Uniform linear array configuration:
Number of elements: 8
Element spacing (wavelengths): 0.25
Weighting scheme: hamming
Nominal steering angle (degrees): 60
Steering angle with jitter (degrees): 61.276
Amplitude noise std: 0.05
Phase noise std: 0.05

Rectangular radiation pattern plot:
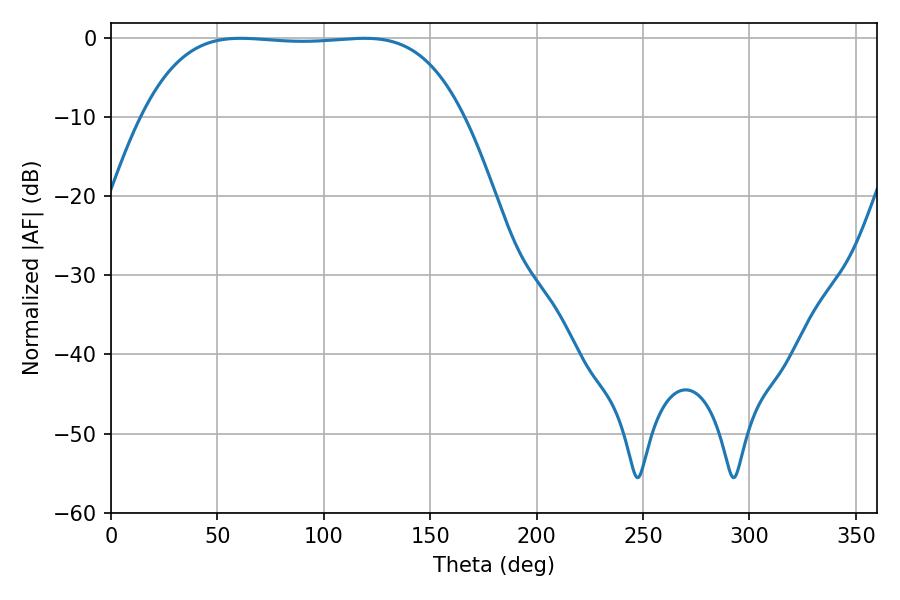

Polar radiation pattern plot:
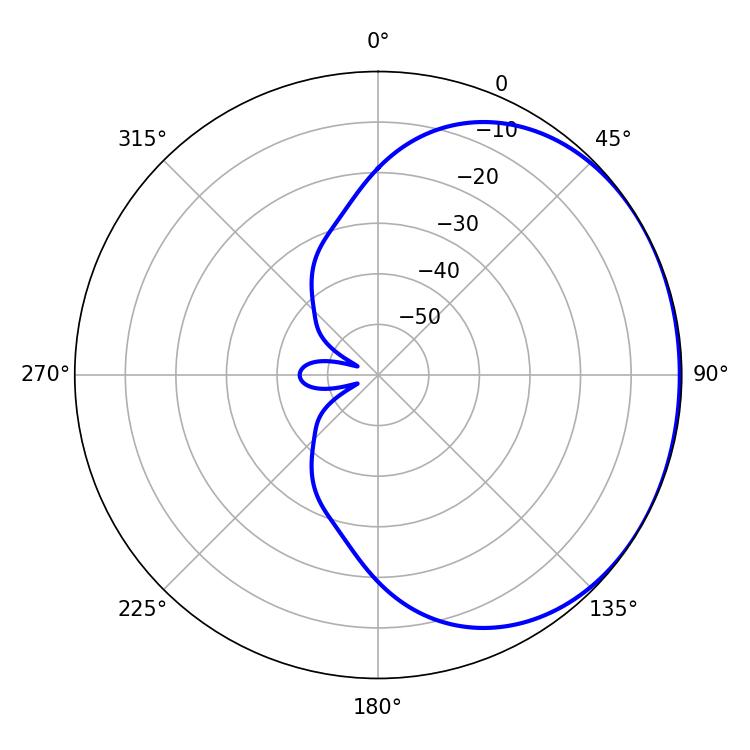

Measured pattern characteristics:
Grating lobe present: FALSE
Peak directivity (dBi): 0.8877
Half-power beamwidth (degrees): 117.36
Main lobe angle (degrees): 60.84